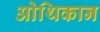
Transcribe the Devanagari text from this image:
ओथिकान